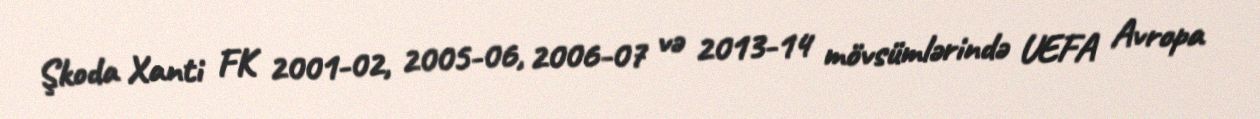
Şkoda Xanti FK 2001-02, 2005-06, 2006-07 və 2013-14 mövsümlərində UEFA Avropa